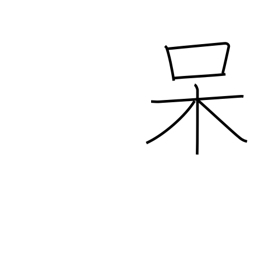
Meaning: shocked